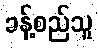
ခန့်စည်သူ